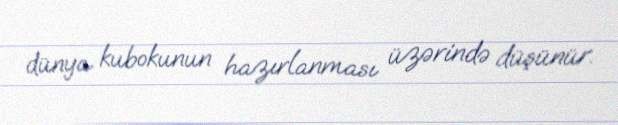
dünya kubokunun hazırlanması üzərində düşünür.